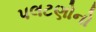
પલટણોનો